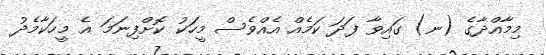
މިމާއްދާގެ (ނ) ގައިވާ ފަދަ ކަމެއް އެއްވެސް މީހަކު ކޮށްފިނަމަ އެ މީހަކާމެދު